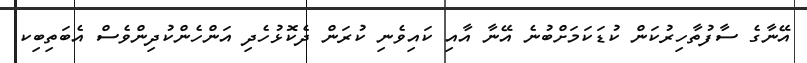
އޭނާގެ ސާފުތާހިރުކަން ކުޑަކަމަށްބުނެ އޭނާ އާއި ކައިވެނި ކުރަން ދެކޮޅުހެދި އަންހެންކުދިންވެސް އެބަތިބިކ